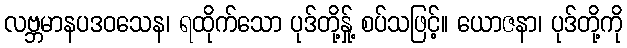
လဗ္ဘမာနပဒဝသေန၊ ရထိုက်သော ပုဒ်တို့နှု့် စပ်သဖြင့်။ ယောဇနာ၊ ပုဒ်တို့ကို